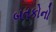
બતકોનો